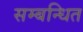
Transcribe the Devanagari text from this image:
सम्‍बन्‍धित